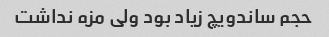
حجم ساندویچ زیاد بود ولی مزه نداشت